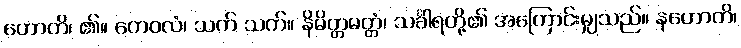
ဟောတိ၊ ၏။ ကေဝလံ၊ သက် သက်။ နိမိတ္တမတ္တံ၊ သင်္ခါရတို့၏ အကြောင်းမျှသည်။ နဟောတိ၊